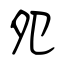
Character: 夗